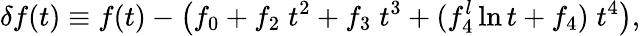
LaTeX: \delta f(t)\equiv f(t)-\big(f_{0}+f_{2}\; t^{2}+f_{3}\; t^{3}+(f_{4}^{l}\ln t+f_{4})\; t^{4}\big),